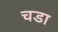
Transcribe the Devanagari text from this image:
चडा